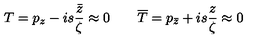
T = p _ { z } - i s \frac { \bar { z } } { \zeta } \approx 0 \qquad \overline { { T } } = p _ { \bar { z } } + i s \frac { z } { \zeta } \approx 0